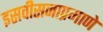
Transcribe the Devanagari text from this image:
इसवीसनाप्रमाणे